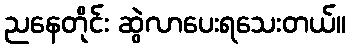
ညနေတိုင်း ဆွဲလာပေးရသေးတယ်။